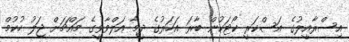
އިސްރާއީލުގެ އަސްކަރީ ކޯޓަކުން ބާރަ އަހަރުގެ ދީމާ އަލްވާވީގެ މައްޗަށް ޖަލު ހުކުމް